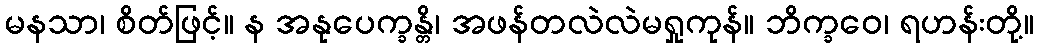
မနသာ၊ စိတ်ဖြင့်။ န အနုပေက္ခန္တိ၊ အဖန်တလဲလဲမရှုကုန်။ ဘိက္ခဝေ၊ ရဟန်းတို့။